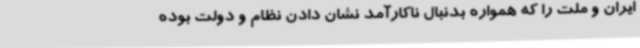
ایران و ملت را که همواره بدنبال ناکارآمد نشان دادن نظام و دولت بوده